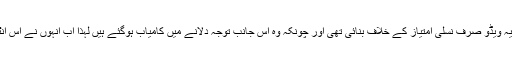
مزید یہ کہ انہوں نے یہ ویڈو صرف نسلی امتیاز کے خلاف بنائی تھی اور چونکہ وہ اس جانب توجہ دلانے میں کامیاب ہوگئے ہیں لہذا اب انہوں نے اس انٹرنیٹ سے ہٹا دیا ہے۔